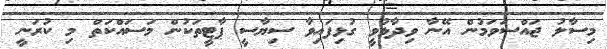
މިސާލު ޖައްސަވަމުން އޭނާ ވިދާޅުވީ ގުޅިފައިވާ ސިޔާސީ ޕާޓީތަކުން މަސައްކަތް މި ކުރަނީ